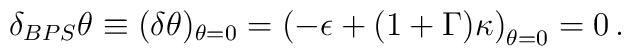
\delta_{BPS} \theta \equiv (\delta \theta)_{\theta=0} = \left ( - \epsilon+ (1+\Gamma ) \kappa \right)_{\theta=0} = 0\,.